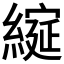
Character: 𮈶